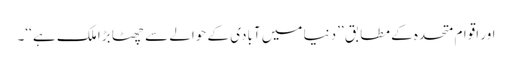
اور اقوام متحدہ کے مطابق ’’دنیا میں آبادی کے حوالے سے چھٹا بڑا ملک ہے ‘‘۔